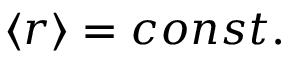
\left\langle r \right\rangle = c o n s t .